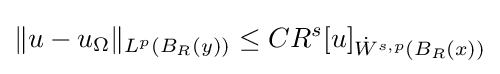
\|u-u_{\Omega }\|_{L^{p}(B_{R}(y))}\leq CR^{s}[u]_{{\dot {W}}^{s,p}(B_{R}(x))}